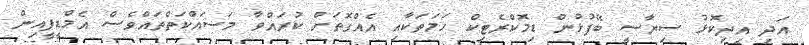
އަދި އިދިކޮޅު ސިޔާސީ ބޭފުޅުން ޑިމޮކްރެޓިކް ހަމަތަކާއި އެއްގޮތަށް ކުރައްވާ މަސައްކަތްތައްވެސް އެމްޑީޕީއިން